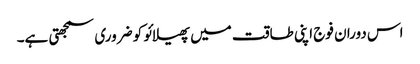
اس دوران فوج اپنی طاقت میں پھیلائو کو ضروری سمجھتی ہے۔